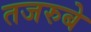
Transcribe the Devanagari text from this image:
तजरुबे